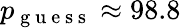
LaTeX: p_{\mathrm{~g~u~e~s~s~}}\approx 98.8\